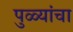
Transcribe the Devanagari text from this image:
पुळ्यांचा